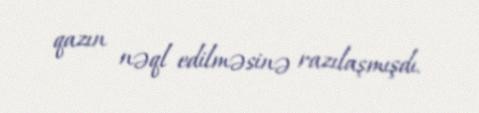
qazın nəql edilməsinə razılaşmışdı.